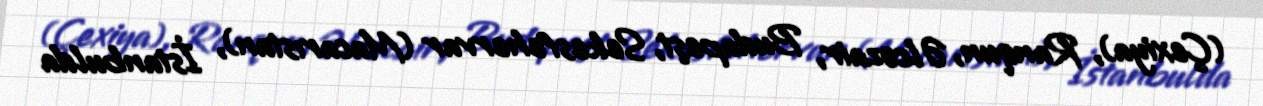
(Çexiya), Ranqun, Əlcəzair, Budapeşt, Sekesfehervar (Macarıstan), İstanbulda